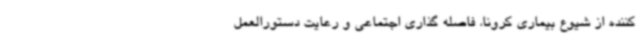
کننده از شیوع بیماری کرونا، فاصله گذاری اجتماعی و رعایت دستورالعمل